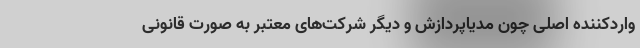
واردکننده اصلی چون مدیاپردازش و دیگر شرکت‌های معتبر به صورت قانونی